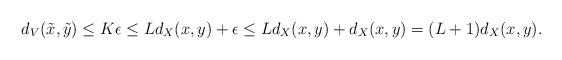
LaTeX: \begin{align*}d_V(\tilde{x}, \tilde{y})\leq K\epsilon \leq Ld_X(x,y) + \epsilon \leq Ld_X(x,y) + d_X(x,y) & = (L+1)d_X(x,y).\end{align*}